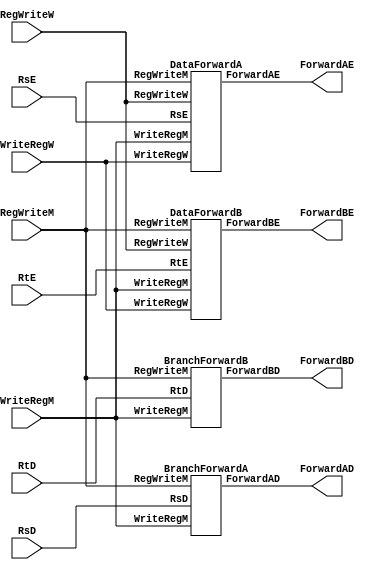
`timescale 1ns / 1ps
//////////////////////////////////////////////////////////////////////////////////
// hazard unitforward
// 
// Forward_Unit: Data Forwarding
// DataForwardA, DataForwardB: Data Forward for ALUSrc
// BranchForwardA, BranchForwardB: Data Forward for Branch
//////////////////////////////////////////////////////////////////////////////////

module Forward_Unit(RsE, RtE, RsD, RtD, WriteRegM, RegWriteM, WriteRegW, RegWriteW, ForwardAE, ForwardBE, ForwardAD, ForwardBD);
input [4:0] RsE, RtE, RsD, RtD, WriteRegM, WriteRegW;
input RegWriteM, RegWriteW;
output [1:0] ForwardAD, ForwardAE, ForwardBD, ForwardBE;
DataForwardA DataForward1(.RsE(RsE), .WriteRegM(WriteRegM), .RegWriteM(RegWriteM), .WriteRegW(WriteRegW), .RegWriteW(RegWriteW), .ForwardAE(ForwardAE));
DataForwardB DataForward2(.RtE(RtE), .WriteRegM(WriteRegM), .RegWriteM(RegWriteM), .WriteRegW(WriteRegW), .RegWriteW(RegWriteW), .ForwardBE(ForwardBE));
BranchForwardA BranchForward1(.RsD(RsD), .WriteRegM(WriteRegM), .RegWriteM(RegWriteM), .ForwardAD(ForwardAD));
BranchForwardB BranchForward2(.RtD(RtD), .WriteRegM(WriteRegM), .RegWriteM(RegWriteM), .ForwardBD(ForwardBD));
endmodule


//Data Forward for ALUSrcA
module DataForwardA(RsE, WriteRegM, RegWriteM, WriteRegW, RegWriteW, ForwardAE);
input [4:0] RsE, WriteRegM, WriteRegW;
input RegWriteW, RegWriteM;
output reg [1:0] ForwardAE;
always@(*)
begin
    if((RsE != 0) && (WriteRegM == RsE) && RegWriteM)
        ForwardAE = 2'b10;
    else if((RsE != 0) && (WriteRegW == RsE) && RegWriteW)
        ForwardAE = 2'b01;
    else
        ForwardAE = 2'b00;
end
endmodule


//Data Forward for ALUSrcB
module DataForwardB(RtE, WriteRegM, RegWriteM, WriteRegW, RegWriteW, ForwardBE);
input [4:0] RtE, WriteRegM, WriteRegW;
input RegWriteW, RegWriteM;
output reg [1:0] ForwardBE;
always@(*)
begin
    if((RtE != 0) && (WriteRegM == RtE) && RegWriteM)
        ForwardBE = 2'b10;
    else if((RtE != 0) && (WriteRegW == RtE) && RegWriteW)
        ForwardBE = 2'b01;
    else
        ForwardBE = 2'b00;
end
endmodule


//Decode stage ForwardA (for branch)
module BranchForwardA(RsD, WriteRegM, RegWriteM, ForwardAD);
input [4:0] RsD, WriteRegM;
input RegWriteM;
output reg [1:0] ForwardAD;
always@(*)
begin
    if((RsD != 0) && (RsD == WriteRegM) && RegWriteM) ForwardAD = 1'b1;
    else ForwardAD = 1'b0;
end
endmodule


//Decode stage ForwardA (for branch)
module BranchForwardB(RtD, WriteRegM, RegWriteM, ForwardBD);
input [4:0] RtD, WriteRegM;
input RegWriteM;
output reg [1:0] ForwardBD;
always@(*)
begin
    if((RtD != 0) && (RtD == WriteRegM) && RegWriteM) ForwardBD = 1'b1;
    else ForwardBD = 1'b0;
end
endmodule